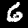
Label: 6